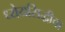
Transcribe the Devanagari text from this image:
ध्येयसिद्धीचा